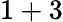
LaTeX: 1+3